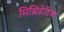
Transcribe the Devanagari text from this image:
मिथ्रिडेटिक